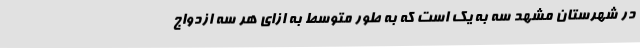
در شهرستان مشهد سه به یک است که به طور متوسط به ازای هر سه ازدواج